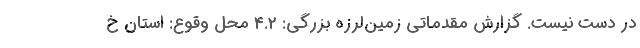
در دست نیست. گزارش مقدماتی زمین‌لرزه بزرگی: 4.2 محل وقوع: استان خ